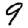
Digit: 9